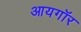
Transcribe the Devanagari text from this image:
आयगॉर